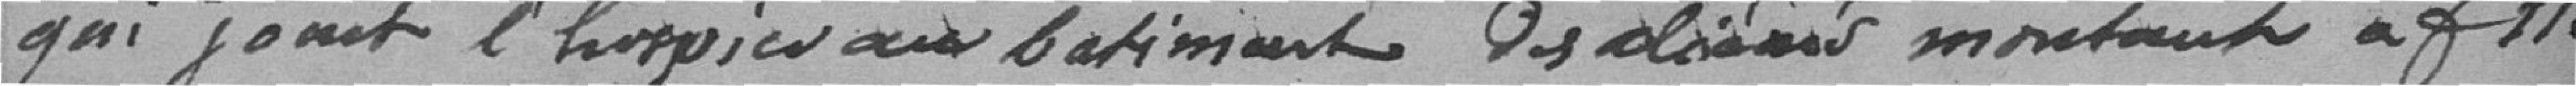
qui jouit l'hospice au bâtiment des aliénés montant à f 152